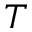
T